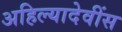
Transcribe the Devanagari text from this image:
अहिल्यादेवींस